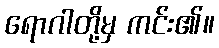
ရောဂါတို့မှ ကင်း၏။